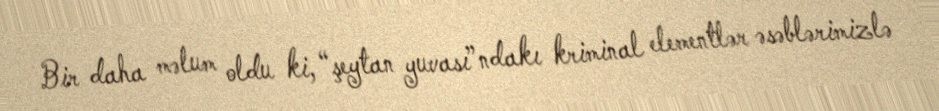
Bir daha məlum oldu ki, “şeytan yuvası”ndakı kriminal elementlər əsəblərimizlə